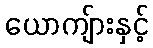
ယောကျ်ားနှင့်